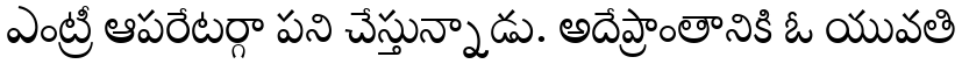
ఎంట్రీ ఆపరేటర్గా పని చేస్తున్నాడు. అదేప్రాంతానికి ఓ యువతి